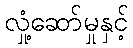
လှုံ့ဆော်မှုနှင့်